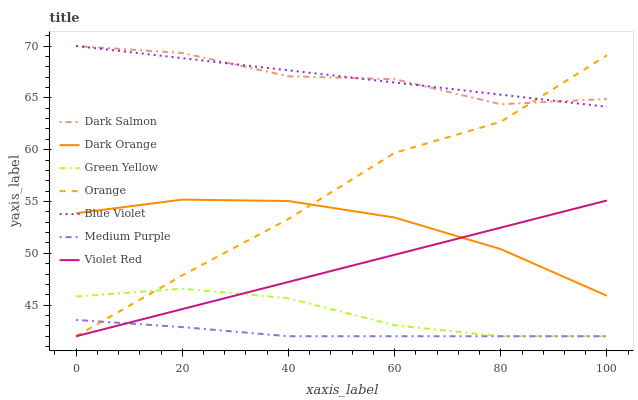
| xaxis_label | Dark Salmon | Dark Orange | Green Yellow | Orange | Blue Violet | Medium Purple | Violet Red |
 | --- | --- | --- | --- | --- | --- | --- | --- |
 | 0 | 70 | 53.9 | 45.8 | 42 | 70 | 43.6 | 42 |
 | 20 | 69.3 | 55.2 | 46.6 | 47.9 | 68.8 | 42.9 | 44.6 |
 | 40 | 67.1 | 55 | 45.7 | 53.3 | 67.7 | 42 | 47.2 |
 | 60 | 66.8 | 53.5 | 43.1 | 59.7 | 66.5 | 42 | 49.9 |
 | 80 | 64.4 | 50.4 | 42 | 62.7 | 65.3 | 42 | 52.5 |
 | 100 | 64.9 | 45.9 | 42 | 69.1 | 64.1 | 42 | 55.1 |